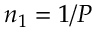
n _ { 1 } = 1 / P